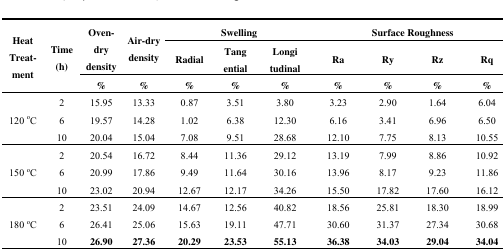
| <ROWSPAN=3> Heat Treat-ment | <ROWSPAN=3> Time (h) | <ROWSPAN=2> Oven-dry density | <ROWSPAN=2> Air-dry density | <COLSPAN=3> Swelling | <COLSPAN=4> Surface Roughness |
 | Radial | Tangential | Longitudinal | Ra | Ry | Rz | Rq |
 | % | % | % | % | % | % | % | % | % |
 | --- | --- | --- | --- | --- | --- | --- | --- | --- | --- | --- |
 | <ROWSPAN=3> 120 °C | 2 | 15.95 | 13.33 | 0.87 | 3.51 | 3.80 | 3.23 | 2.90 | 1.64 | 6.04 |
 | 6 | 19.57 | 14.28 | 1.02 | 6.38 | 12.30 | 6.16 | 3.41 | 6.96 | 6.50 |
 | 10 | 20.04 | 15.04 | 7.08 | 9.51 | 28.68 | 12.10 | 7.75 | 8.13 | 10.55 |
 | <ROWSPAN=3> 150 °C | 2 | 20.54 | 16.72 | 8.44 | 11.36 | 29.12 | 13.19 | 7.99 | 8.86 | 10.92 |
 | 6 | 20.99 | 17.86 | 9.49 | 11.64 | 30.16 | 13.96 | 8.17 | 9.23 | 11.86 |
 | 10 | 23.02 | 20.94 | 12.67 | 12.17 | 34.26 | 15.50 | 17.82 | 17.60 | 16.12 |
 | <ROWSPAN=3> 180 °C | 2 | 23.51 | 24.09 | 14.67 | 12.56 | 40.82 | 18.56 | 25.81 | 18.30 | 18.99 |
 | 6 | 26.41 | 25.06 | 15.63 | 19.11 | 47.71 | 30.60 | 31.37 | 27.34 | 30.68 |
 | 10 | 26.90 | 27.36 | 20.29 | 23.53 | 55.13 | 36.38 | 34.03 | 29.04 | 34.04 |